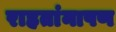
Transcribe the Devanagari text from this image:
राहतांनापण